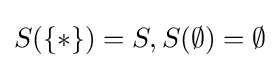
S(\{*\})=S,S(\emptyset )=\emptyset